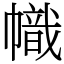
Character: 幟